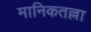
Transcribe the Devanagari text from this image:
मानिकतल्ला